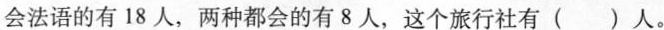
会法语的有18人，两种都会的有8人，这个旅行社有()人。